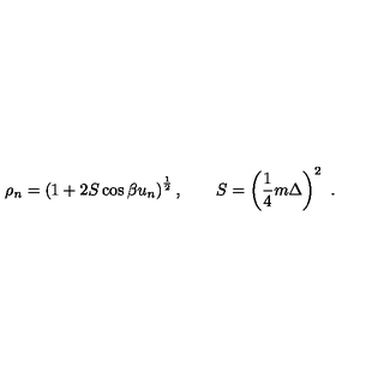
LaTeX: \rho _ { n } = \left( 1 + 2 S \cos \beta u _ { n } \right) ^ { \frac { 1 } { 2 } } , \qquad S = \left( { \frac { 1 } { 4 } } m \Delta \right) ^ { 2 } \ .